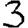
Digit: 3